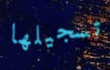
تسجيلها